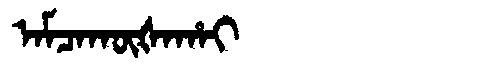
Manchu: ᠠᠮᠴᠠᡴᡡᡧᠠᡥᠠᡳ
Romanization: AMCAKŪŠAHAI